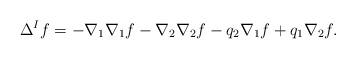
LaTeX: \begin{align*} \Delta ^{I}f= -\nabla_{1}\nabla_{1}f-\nabla_{2}\nabla_{2}f-q_{2}\nabla_{1}f+q_{1}\nabla_{2}f.\end{align*}